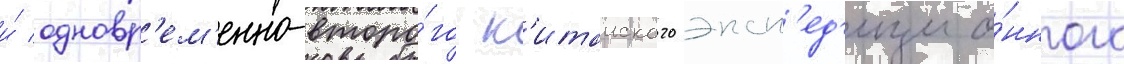
и́ одновр'ем'енно-второ́го к'итаиского эксп'ед'ицио́нного